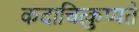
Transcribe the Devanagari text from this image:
कदाचित्कुप्यते